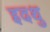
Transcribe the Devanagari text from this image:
इदथु